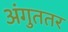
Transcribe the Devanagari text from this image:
अंगुततर